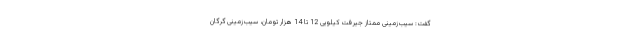
گفت: سیب‌زمینی ممتاز جیرفت کیلویی 12 تا 14 هزار تومان، سیب‌زمینی گرگان